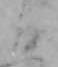
日